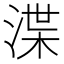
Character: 渫